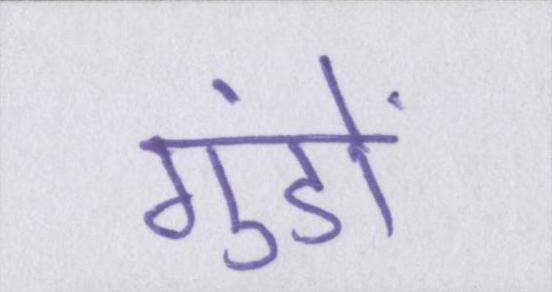
गुंडों